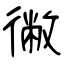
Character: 徶